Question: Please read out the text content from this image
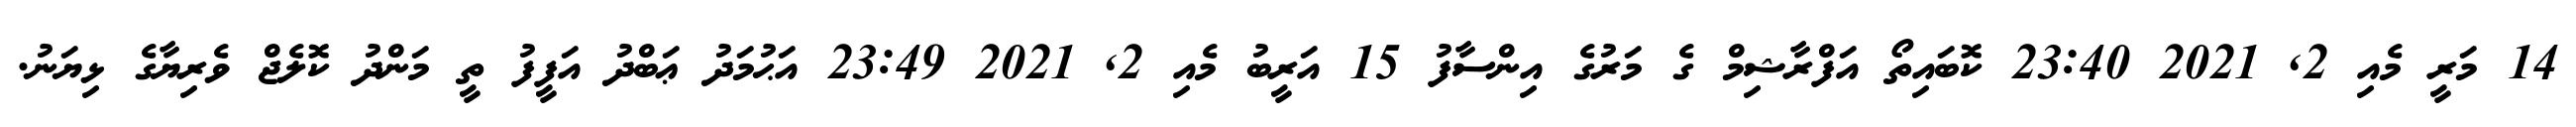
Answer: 14 މަރީ މެއި 2, 2021 23:40 ކޮބައިތޯ އަފްރާޝިމް ގެ މަރުގެ އިންސާފު 15 އަރީބު މެއި 2, 2021 23:49 އަޙުމަދު ޢަބްދު އަފީފު ތީ މަންދު ކޮލެޖް ވެރިޔާގެ ޅިޔަނު.